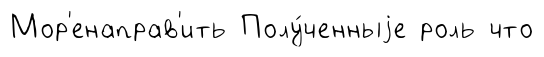
Мор'енаправ'ить Полу́ченныjе роль что